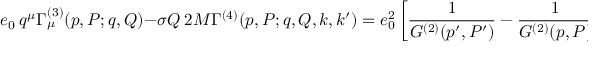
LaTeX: e _ { 0 } \ q ^ { \mu } \Gamma _ { \mu } ^ { ( 3 ) } ( p , P ; q , Q ) - \sigma Q \ 2 M \Gamma ^ { ( 4 ) } ( p , P ; q , Q , k , k ^ { \prime } ) = e _ { 0 } ^ { 2 } \left[ \frac { 1 } { G ^ { ( 2 ) } ( p ^ { \prime } , P ^ { \prime } ) } - \frac { 1 } { G ^ { ( 2 ) } ( p , P ) } \right] \ .